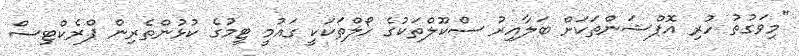
"މިވަގުތު ހުރި އޮޕްޝަންތަކަށް ބަލާއިރު ސްކޫލްތަކުގެ ހޯލްތަކަކީ ގައުމީ ޓީމުގެ ކުޅުންތެރިން ޕްރެކްޓިސް